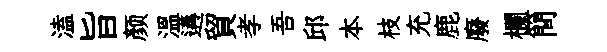
溘旨颜溫遘貿孝吾邱本枝充鹿廢欄簡